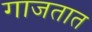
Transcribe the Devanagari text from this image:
गाजतात